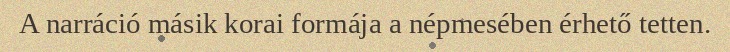
A narráció másik korai formája a népmesében érhető tetten.